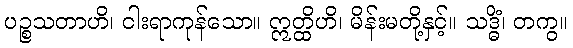
ပဉ္စသတာဟိ၊ ငါးရာကုန်သော။ ဣတ္ထိဟိ၊ မိန်းမတို့နှင့်။ သဒ္ဓိံ၊ တကွ။